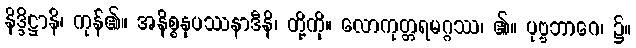
နိဒ္ဒိဋ္ဌာနိ၊ ကုန်၏။ အနိစ္စနုပဿနာဒီနိ၊ တို့ကို။ လောကုတ္တရမဂ္ဂဿ၊ ၏။ ပုဗ္ဗဘာဂေ၊ ၌။